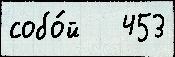
собо́й   453